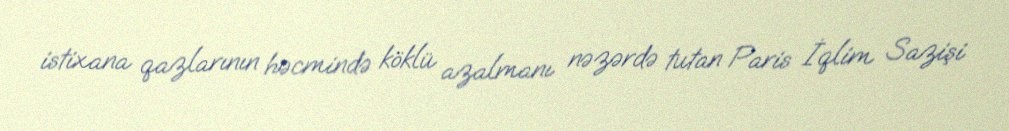
istixana qazlarının həcmində köklü azalmanı nəzərdə tutan Paris İqlim Sazişi